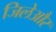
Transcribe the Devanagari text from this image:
जिलेऔर